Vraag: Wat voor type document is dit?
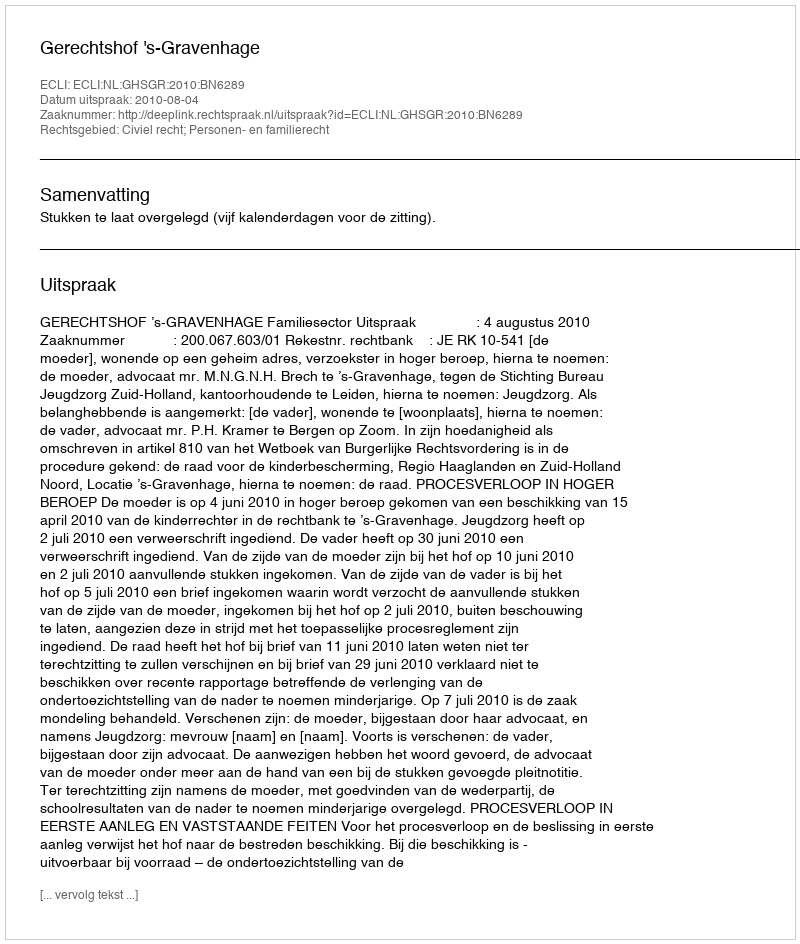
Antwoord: Uitspraak